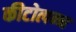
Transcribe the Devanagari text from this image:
कीटोत्पन्न